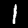
Label: 1